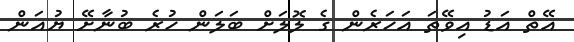
އޭތް އަޑު އިވޭތަ އަހަރެން ގެ ލޮލަށް ބަލަން ހުރެ ބުނާށޭ ޔުއަން